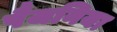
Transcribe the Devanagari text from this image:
पैजनिया